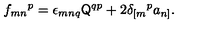
f _ { m n } { } ^ { p } = \epsilon _ { m n q } \mathsf { Q } ^ { q p } + 2 \delta _ { [ m } { } ^ { p } a _ { n ] } .